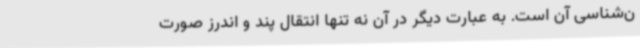
ن‌شناسی آن است. به عبارت دیگر در آن نه تنها انتقال پند و اندرز صورت